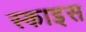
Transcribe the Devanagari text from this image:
स्काइस